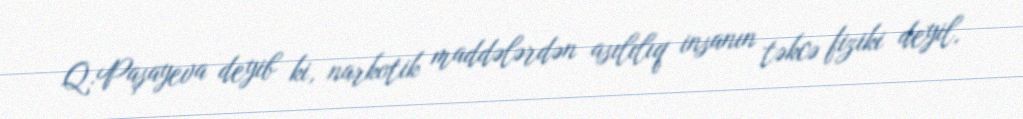
Q.Paşayeva deyib ki, narkotik maddələrdən asılılıq insanın təkcə fiziki deyil,